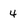
Character: 4